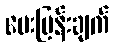
မေးမြန်းချက်